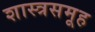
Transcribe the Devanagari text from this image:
शास्त्रसमूह